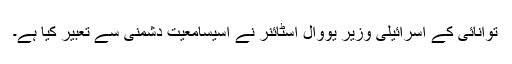
توانائی کے اسرائیلی وزیر یووال اسٹائنر نے اسیسامعیت دشمنی سے تعبیر کیا ہے۔